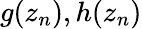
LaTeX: g(z_{n}),h(z_{n})